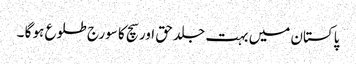
پاکستان میں بہت جلد حق اور سچ کا سورج طلوع ہو گا ۔